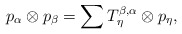
\begin{align*}p_{\alpha}\otimes p_{\beta} = \sum T_{\eta}^{\beta, \alpha} \otimes p_{\eta},\\\end{align*}